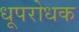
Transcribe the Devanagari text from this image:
धूपरोधक